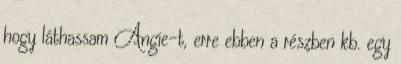
hogy láthassam Angie-t, erre ebben a részben kb. egy